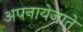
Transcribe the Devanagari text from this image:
अपनायेजाते